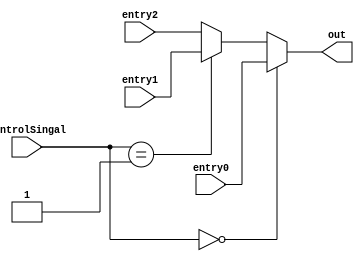

module muxload (input wire [31:0] entry0, entry1, entry2, input wire [1:0] controlSingal, output wire [31:0] out);

    assign out = (controlSingal == 2'b00) ? entry0:
                 (controlSingal == 2'b01) ? entry1:
                 entry2;

endmodule